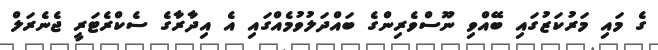
ގެ މައި މަރުކަޒުގައި ބޭއްވި ނޫސްވެރިންގެ ބައްދަލުވުމެއްގައި އެ އިދާރާގެ ސެކްރެޓަރީ ޖެނެރަލް